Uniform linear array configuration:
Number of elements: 64
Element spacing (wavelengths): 1
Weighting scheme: hamming
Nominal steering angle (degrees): -30
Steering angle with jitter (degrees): -28.846
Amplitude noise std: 0.05
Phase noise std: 0.05

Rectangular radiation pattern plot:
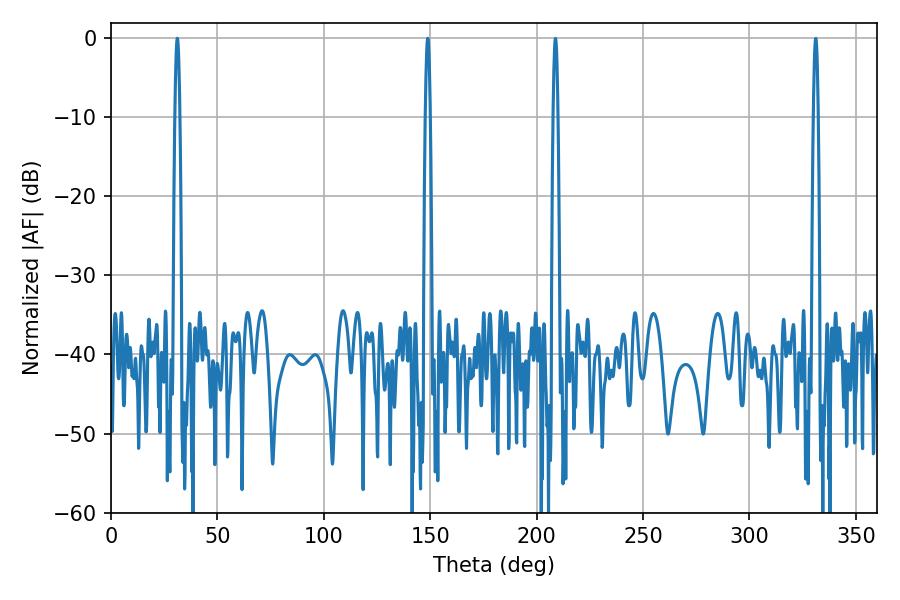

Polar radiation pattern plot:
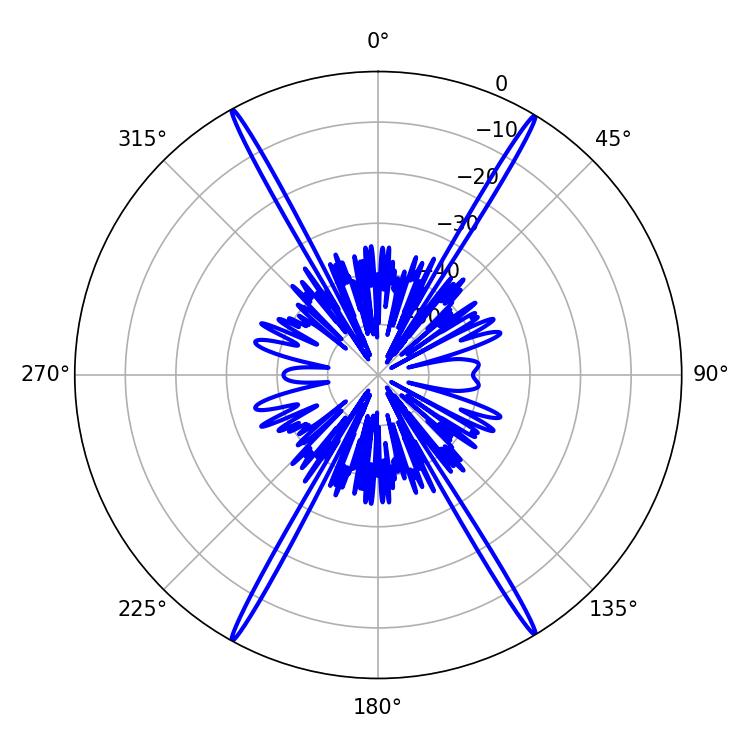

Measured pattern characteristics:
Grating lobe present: TRUE
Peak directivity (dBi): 29.333
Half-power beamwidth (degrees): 1.08
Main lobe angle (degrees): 31.14